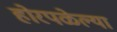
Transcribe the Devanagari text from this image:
होरपळेल्या